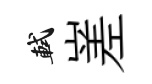
軾嵳